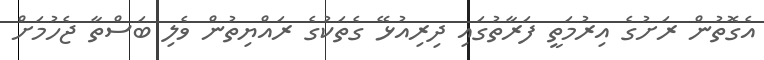
އެގޮތުން ރަށުގެ އިރުމަތީ ފަރާތުގައި ދިރިއުޅޭ ގެތަކުގެ ރައްޔިތުން ވެލި ބަސްތާ ޖެހުމަށް